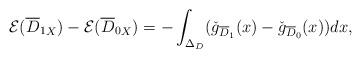
LaTeX: \begin{align*}\mathcal{E}({\overline{D}_1}_X)-\mathcal{E}({\overline{D}_0}_X)=-\int_{\Delta_D}(\check{g}_{{\overline{D}_1}}(x)-\check{g}_{{\overline{D}_0}}(x))dx,\end{align*}